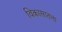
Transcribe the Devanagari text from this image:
विकासातला